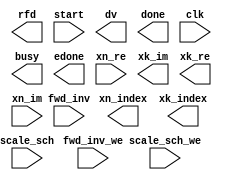
////////////////////////////////////////////////////////////////////////////////
// Copyright (c) 1995-2010 Xilinx, Inc.  All rights reserved.
////////////////////////////////////////////////////////////////////////////////
//   ____  ____
//  /   /\/   /
// /___/  \  /    Vendor: Xilinx
// \   \   \/     Version: M.53d
//  \   \         Application: netgen
//  /   /         Filename: xfft_v7_1.v
// /___/   /\     Timestamp: Wed May 26 14:29:50 2010
// \   \  /  \ 
//  \___\/\___\
//             
// Command	: -intstyle ise -w -sim -ofmt verilog ./tmp/_cg\xfft_v7_1.ngc ./tmp/_cg\xfft_v7_1.v 
// Device	: 5vsx95tff1136-2
// Input file	: ./tmp/_cg/xfft_v7_1.ngc
// Output file	: ./tmp/_cg/xfft_v7_1.v
// # of Modules	: 1
// Design Name	: xfft_v7_1
// Xilinx        : C:\Xilinx\12.1\ISE_DS\ISE
//             
// Purpose:    
//     This verilog netlist is a verification model and uses simulation 
//     primitives which may not represent the true implementation of the 
//     device, however the netlist is functionally correct and should not 
//     be modified. This file cannot be synthesized and should only be used 
//     with supported simulation tools.
//             
// Reference:  
//     Command Line Tools User Guide, Chapter 23 and Synthesis and Simulation Design Guide, Chapter 6
//             
////////////////////////////////////////////////////////////////////////////////

`timescale 1 ns/1 ps

(* box_type="user_black_box" *)
module xfft_v7_1 (
  rfd, start, fwd_inv, dv, done, clk, busy, scale_sch_we, fwd_inv_we, edone, xn_re, xk_im, xn_index, scale_sch, xk_re, xn_im, xk_index
)/* synthesis syn_black_box syn_noprune=1 */;
  output rfd;
  input start;
  input fwd_inv;
  output dv;
  output done;
  input clk;
  output busy;
  input scale_sch_we;
  input fwd_inv_we;
  output edone;
  input [15 : 0] xn_re;
  output [15 : 0] xk_im;
  output [11 : 0] xn_index;
  input [11 : 0] scale_sch;
  output [15 : 0] xk_re;
  input [15 : 0] xn_im;
  output [11 : 0] xk_index;
endmodule // xfft_v7_1